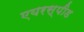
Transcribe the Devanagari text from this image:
एयरस्पीड